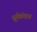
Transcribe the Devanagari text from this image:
सुर्यवंशात